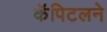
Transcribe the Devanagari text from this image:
कॅपिटलने